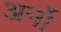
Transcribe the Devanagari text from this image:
अर्नो